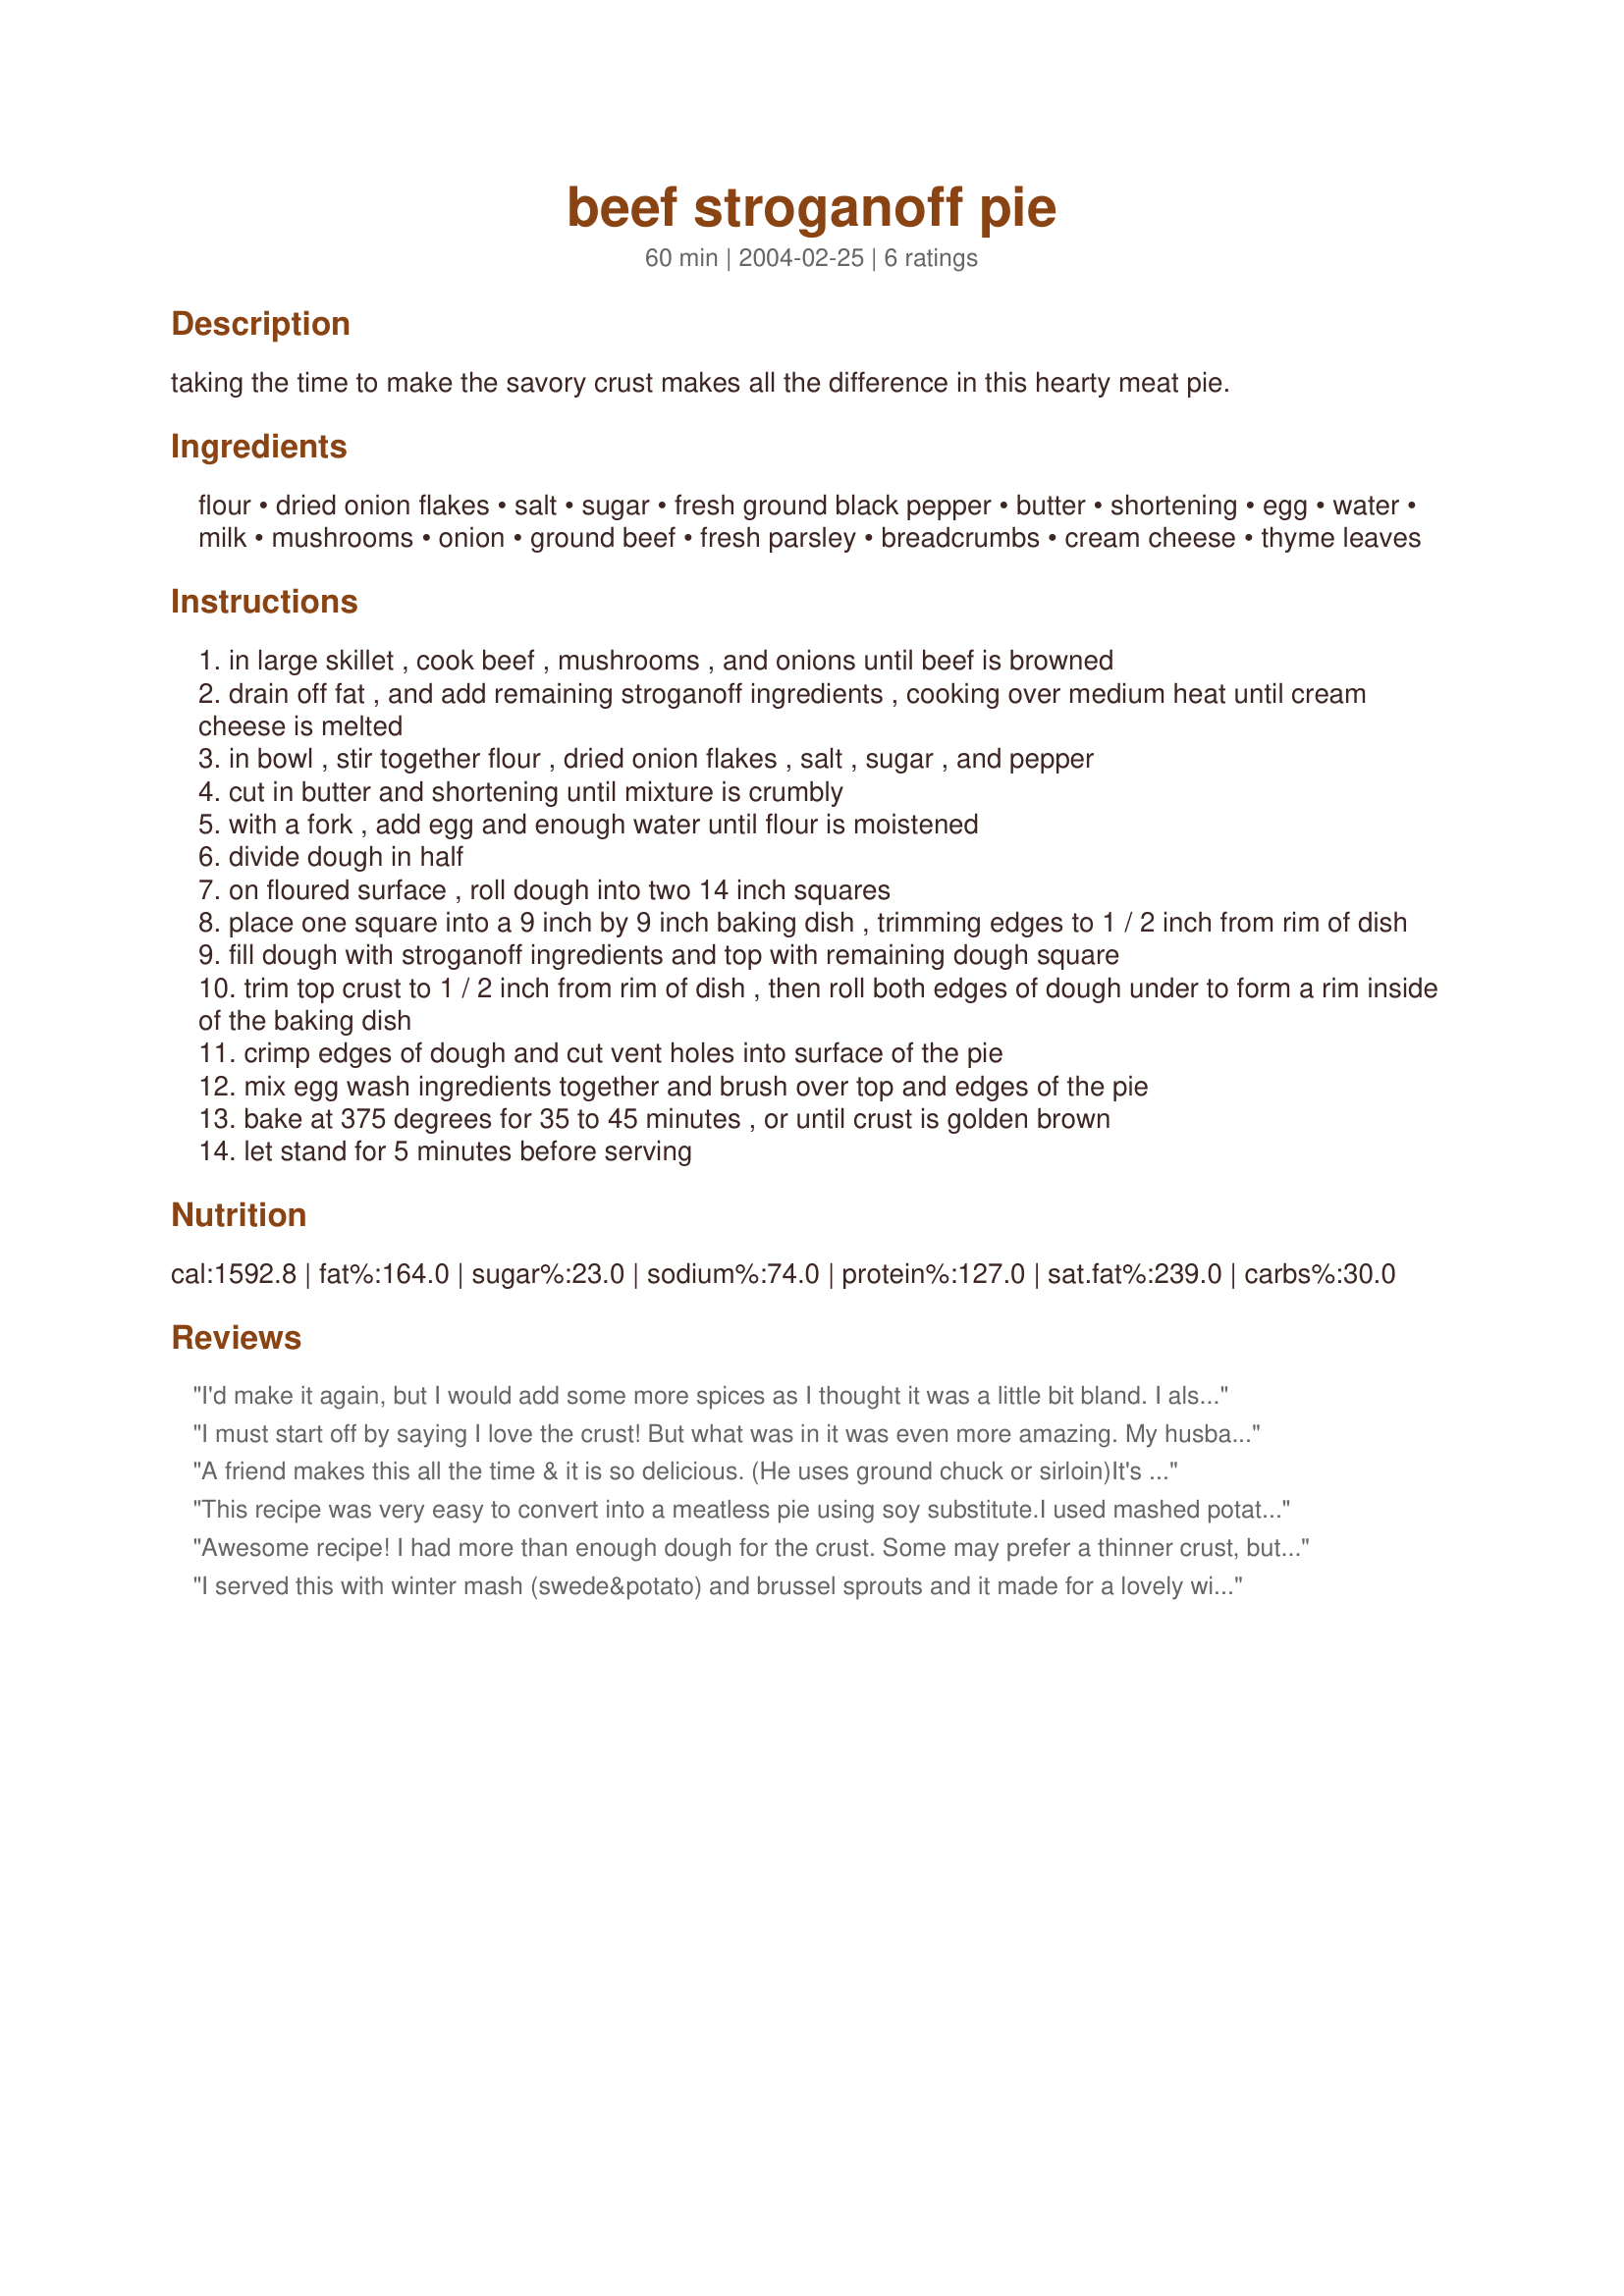
beef stroganoff pie
Preparation time: 60 minutes

taking the time to make the savory crust makes all the difference in this hearty meat pie.

Ingredients:
flour, dried onion flakes, salt, sugar, fresh ground black pepper, butter, shortening, egg, water, milk, mushrooms, onion, ground beef, fresh parsley, breadcrumbs, cream cheese, thyme leaves

Steps:
in large skillet , cook beef , mushrooms , and onions until beef is browned
drain off fat , and add remaining stroganoff ingredients , cooking over medium heat until cream cheese is melted
in bowl , stir together flour , dried onion flakes , salt , sugar , and pepper
cut in butter and shortening until mixture is crumbly
with a fork , add egg and enough water until flour is moistened
divide dough in half
on floured surface , roll dough into two 14 inch squares
place one square into a 9 inch by 9 inch baking dish , trimming edges to 1 / 2 inch from rim of dish
fill dough with stroganoff ingredients and top with remaining dough square
trim top crust to 1 / 2 inch from rim of dish , then roll both edges of dough under to form a rim inside of the baking dish
crimp edges of dough and cut vent holes into surface of the pie
mix egg wash ingredients together and brush over top and edges of the pie
bake at 375 degrees for 35 to 45 minutes , or until crust is golden brown
let stand for 5 minutes before serving

Reviews:
I'd make it again, but I would add some more spices as I thought it was a little bit bland. I also agree that it was quite dry. Next time I will try Sylvie's suggestion and leave out the bread crumbs, and maybe have some gravy as well, just in case.
I must start off by saying I love the crust! But what was in it was even more amazing. My husband puts a request in for this dish all the time. THe crust is what won me over. Great job TGirl,RN
A friend makes this all the time & it is so delicious. (He uses ground chuck or sirloin)It's one of the only meat dishes my 5-yr old twins will eat. I've always found it to be moist, but my friend sometimes adds extra cr. cheese & I often use a little less burger (I do use lean burger). I also don't use the onion flakes in the pastry as I usually don't have any. It's still good without.

In fact, I left the recipe at my mom's & bought all the ingredients to make this yest. Then I realized the recipe wasn't here so had to change my plans. Now, I can make it w/o worrying about where the recipe is. :)Thanks so much for posting.
This recipe was very easy to convert into a meatless pie using soy substitute.I used mashed potatoes instead of bread crumbs,but I followed the pastry recipe exactly. Very delicious and a nice pastry to go along with it. I will definately be making this again. Thanks.
Awesome recipe! I had more than enough dough for the crust. Some may prefer a thinner crust, but I am a fan of thick crusts, so it was perfect.
I served this with winter mash (swede&potato) and brussel sprouts and it made for a lovely wintery comfort meal. I didn't have any dried onion flakes for the pastry, so I used onion soup mix instead, which worked well. Next time I might leave the breadcrumbs out or add a little beef stock, as I found the filling to be a little dry stock, otherwise I would advise to serve it with gravy to overcome this. Thanks for sharing, I'll be making it again! (Nov 9, 2004) *Update* I forgot to add at the time that this freezes well, just prepare as directed. To reaheat, remove from freezer and allow to defrost, cover with aluminium foil and reheat in a medium oven for approx. 35-45 minutes or until heated all the way through.
